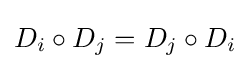
D_{i}\circ D_{j}=D_{j}\circ D_{i}